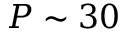
P \sim 3 0